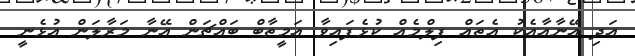
އަދި އޭނާއާއެކު އެތައް ފިލްމެއް ކުޅެފައިވާ އަމީތާބް ބައްޗަން އޭނާ މަރާލަން އުޅެނީ